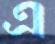
এ